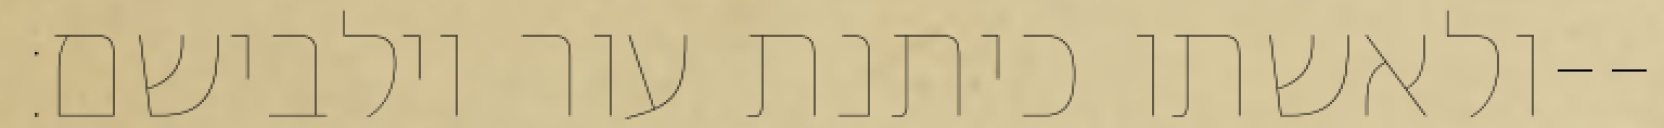
ולאשתו כיתנת עור וילבישם׃--